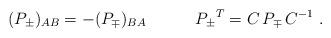
LaTeX: \begin{align*}(P_{\pm})_{AB}=-(P_{\mp})_{BA}\qquad\quad P_{\pm}{}^T=C\,P_{\mp}\,C^{-1}\ .\end{align*}